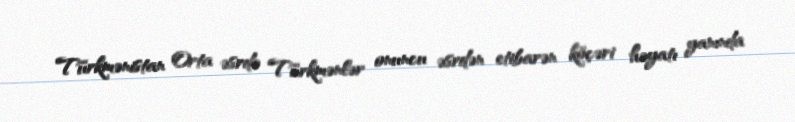
Türkmənistan Orta əsrdə Türkmənlər onuncu əsrdən etibarən köçəri həyatı yanında